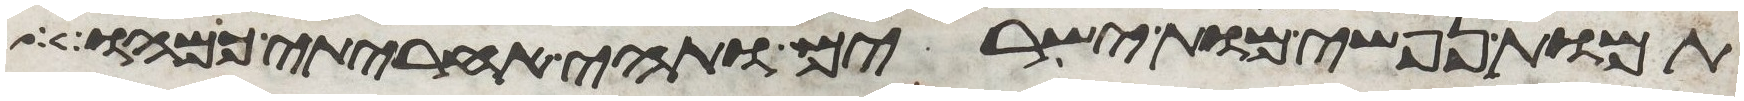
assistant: תמות נפשי מות ישירים ותהי אחריתי כמהו